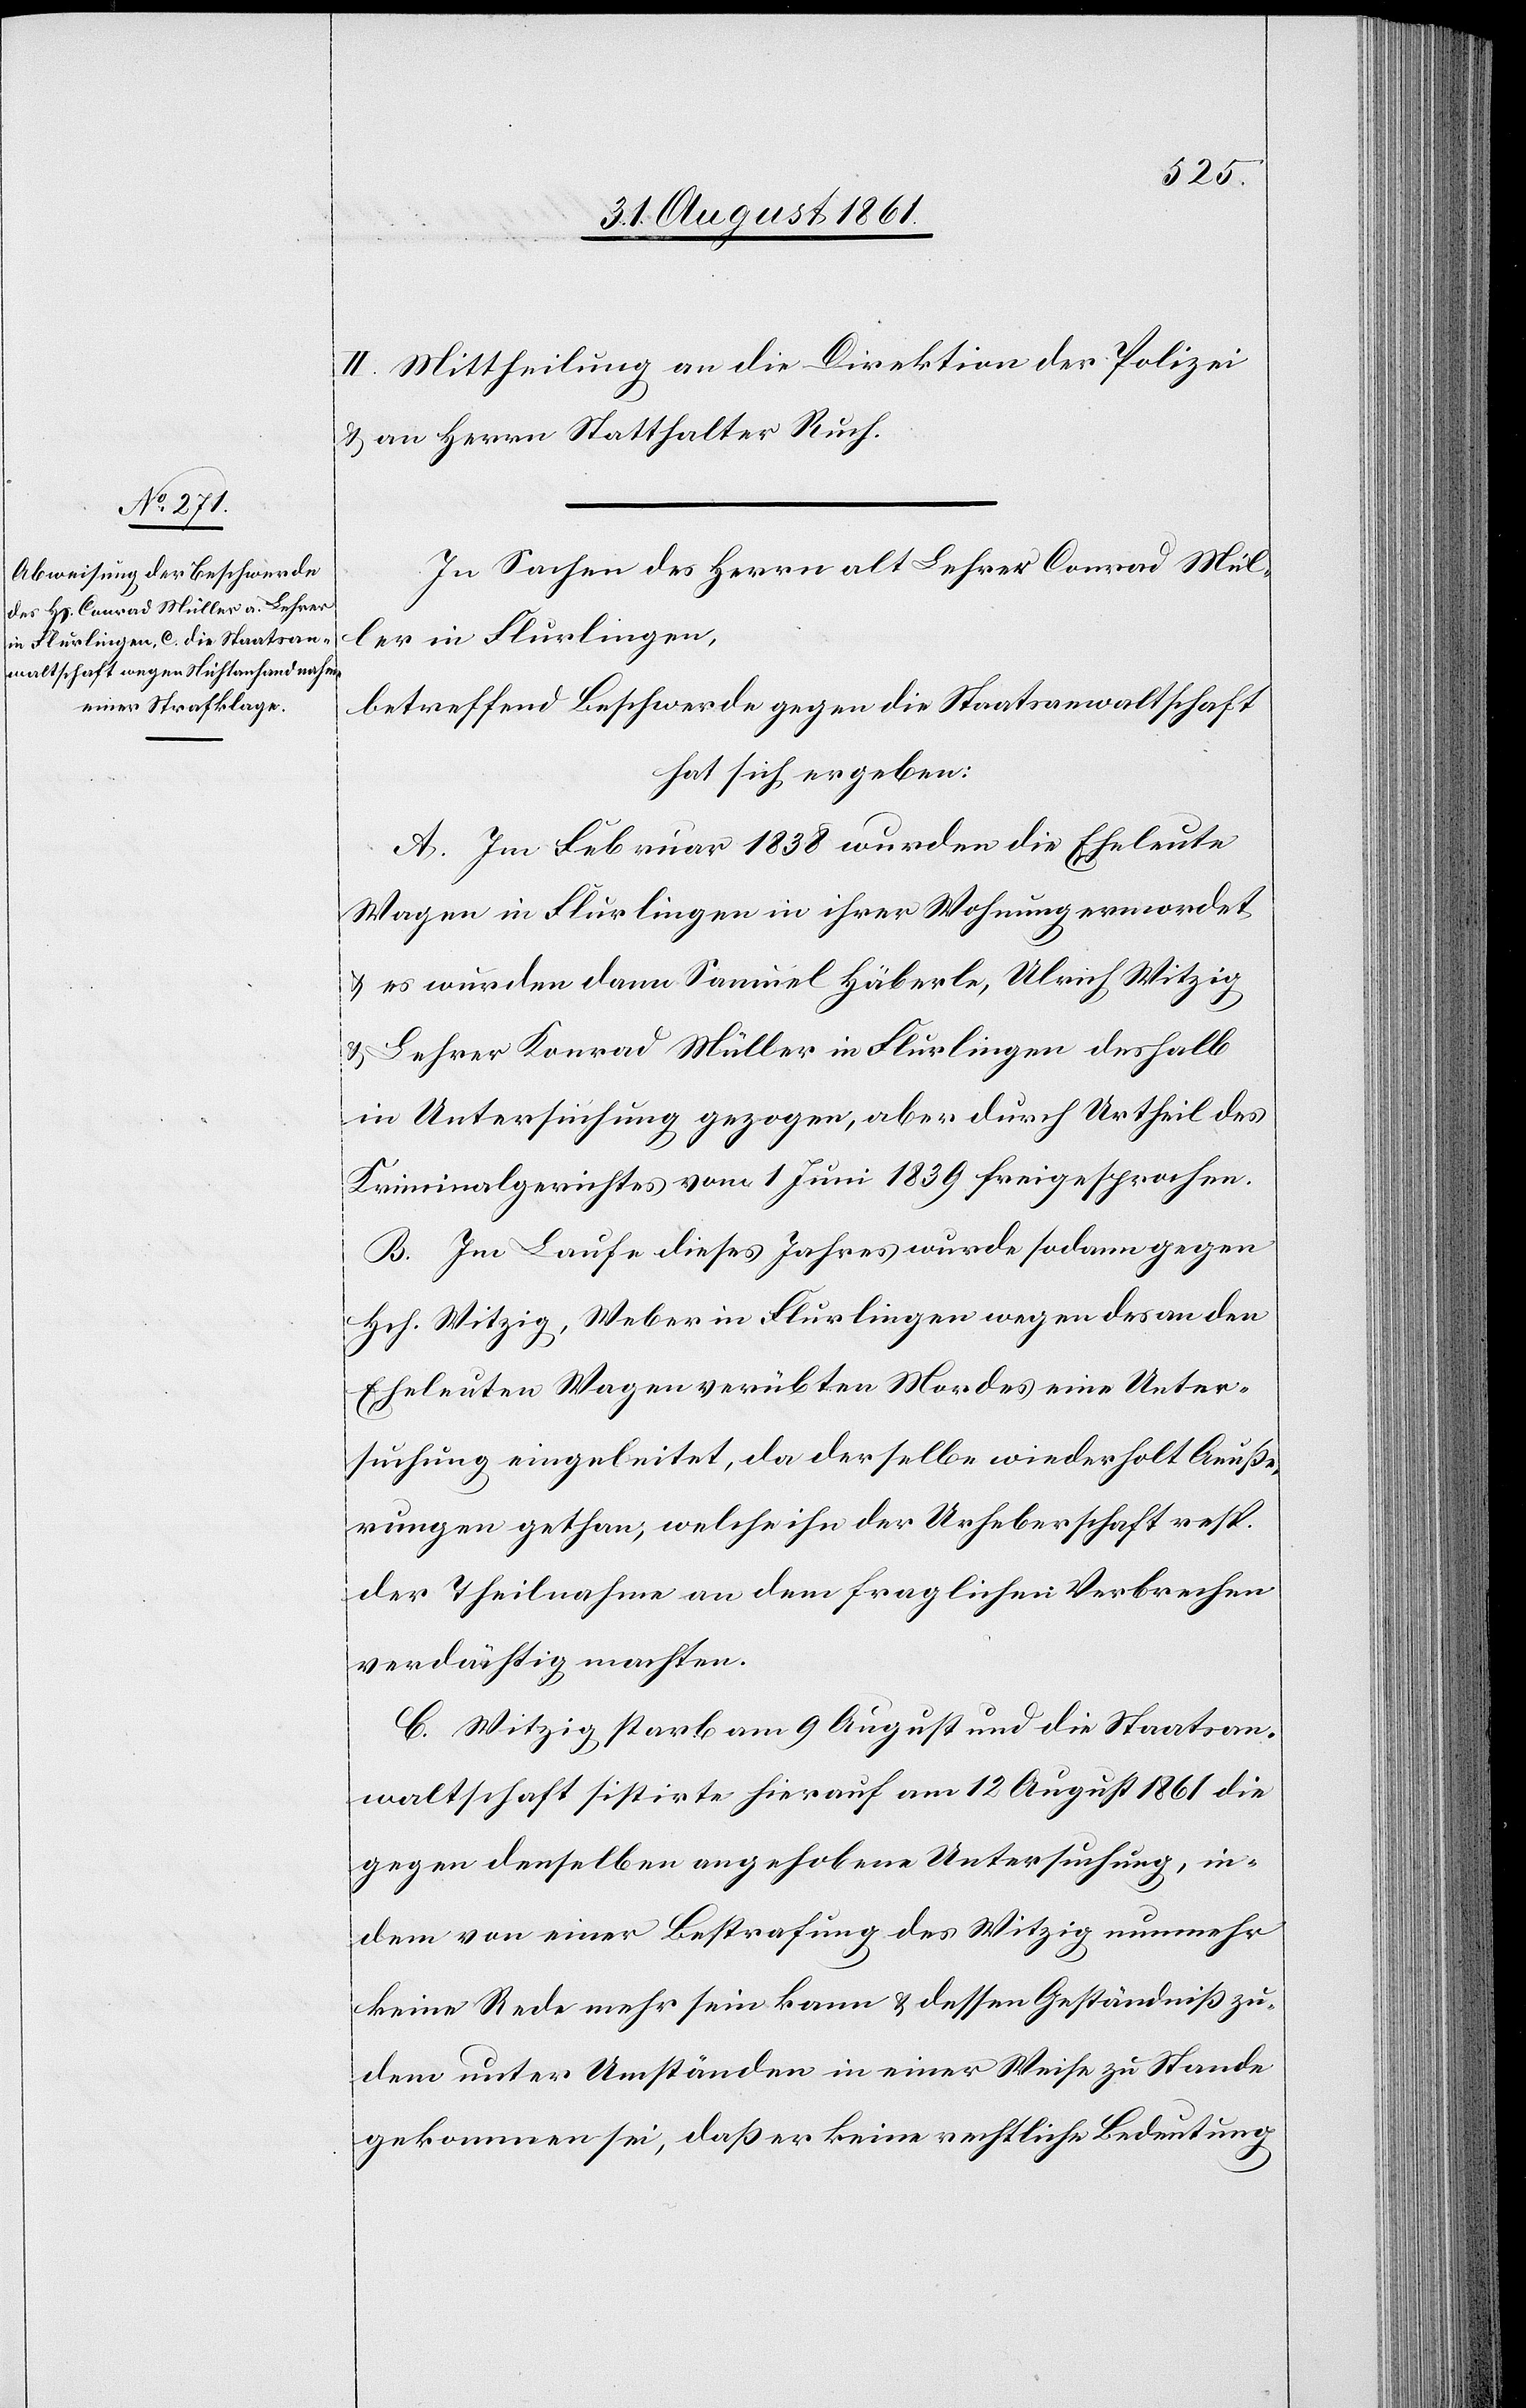
II. Mittheilung an die Direktion der Polizei
u. an Herrn Statthalter Ruch.
In Sachen des Herren alt Lehrer Conrad Mül¬
ler in Flurlingen,
betreffend Beschwerde gegen die Staatsanwaltschaft
hat sich ergeben:
A. Im Februar 1838 wurden die Eheleute
Wagen in Flurlingen in ihrer Wohnung ermordet
u. es wurden dann Samuel Häberle, Ulrich Witzig
u. Lehrer Konrad Müller in Flurlingen deshalb
in Untersuchung gezogen, aber durch Urtheil des
Kriminalgerichtes vom 1 Juni 1839 freigesprochen.
B. Im Laufe dieses Jahres wurde sodann gegen
Hch. Witzig, Weber in Flurlingen wegen des an den
Eheleuten Wagen verübten Mordes eine Unter¬
suchung eingeleitet, da derselbe wiederholt Aeuße¬
rungen gethan, welche ihn der Urheberschaft resp.
der Theilnahme an dem fraglichen Verbrechen
verdächtig machten.
C. Witzig starb am 9 August und die Staatsan¬
waltschaft sistirte hierauf am 12 August 1861 die
gegen denselben angehobene Untersuchung, in¬
dem von einer Bestrafung des Witzig nunmehr
keine Rede mehr sein kann u. dessen Geständniß zu¬
dem unter Umständen in einer Weise zu Stande
gekommen sei, daß er [sic!] keine rechtliche Bedeutung